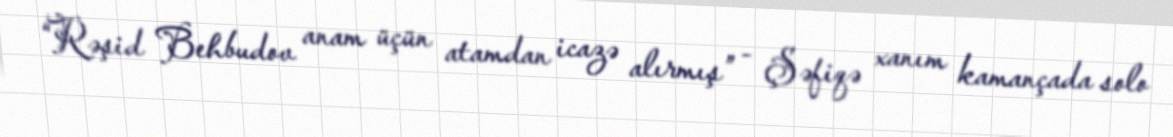
“Rəşid Behbudov anam üçün atamdan icazə alırmış” - Şəfiqə xanım kamançada solo